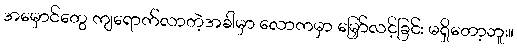
အမှောင်တွေ ကျရောက်လာတဲ့အခါမှာ လောကမှာ မြှော်လင့်ခြင်း မရှိတော့ဘူး။